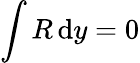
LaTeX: \int R{\, \mathrm{{d}}}y=0